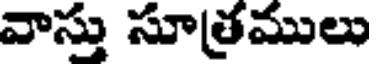
వాస్తు సూత్రములు